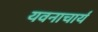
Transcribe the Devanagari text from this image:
यवनाचार्य